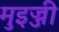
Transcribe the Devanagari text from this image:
मुइज्जी